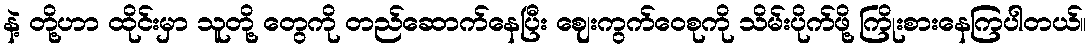
နဲ့ တို့ဟာ ထိုင်းမှာ သူတို့ တွေကို တည်ဆောက်နေပြီး ဈေးကွက်ဝေစုကို သိမ်းပိုက်ဖို့ ကြိုးစားနေကြပါတယ်။